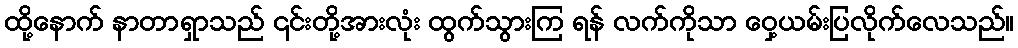
ထို့နောက် နာတာရှာသည် ၎င်းတို့အားလုံး ထွက်သွားကြ ရန် လက်ကိုသာ ဝှေ့ယမ်းပြလိုက်လေသည်။